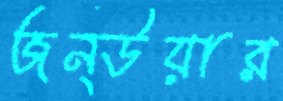
জন্উয়ার